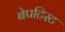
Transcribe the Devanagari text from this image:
बेपटिस्ट